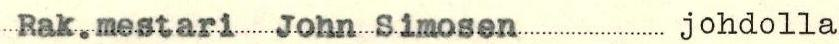
Rak.mestari John Simosen johdolla.